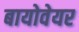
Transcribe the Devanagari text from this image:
बायोवेयर